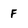
Character: F